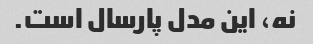
نه، این مدل پارسال است.